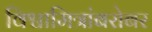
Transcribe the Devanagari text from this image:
विश्वामित्रांबरोबर